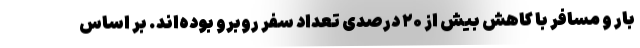
بار و مسافر با کاهش بیش از ۲۰ درصدی تعداد سفر روبرو بوده‌اند. بر اساس